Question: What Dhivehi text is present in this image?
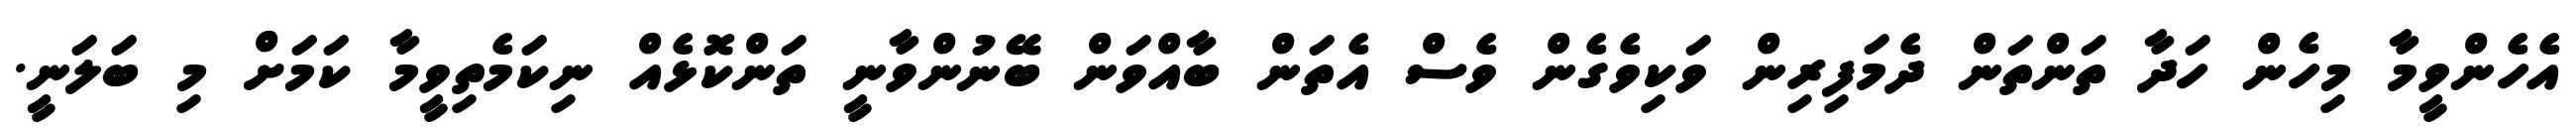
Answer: އެހެންވީމާ މިހެން ހަދާ ތަންތަން ދެމަފިރިން ވަކިވެގެން ވެސް އެތަން ބާއްވަން ބޭނުންވާނީ ތަންކޮޅެއް ނިކަމެތިވީމާ ކަމަށް މި ބަލަނީ.